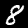
Digit: 8